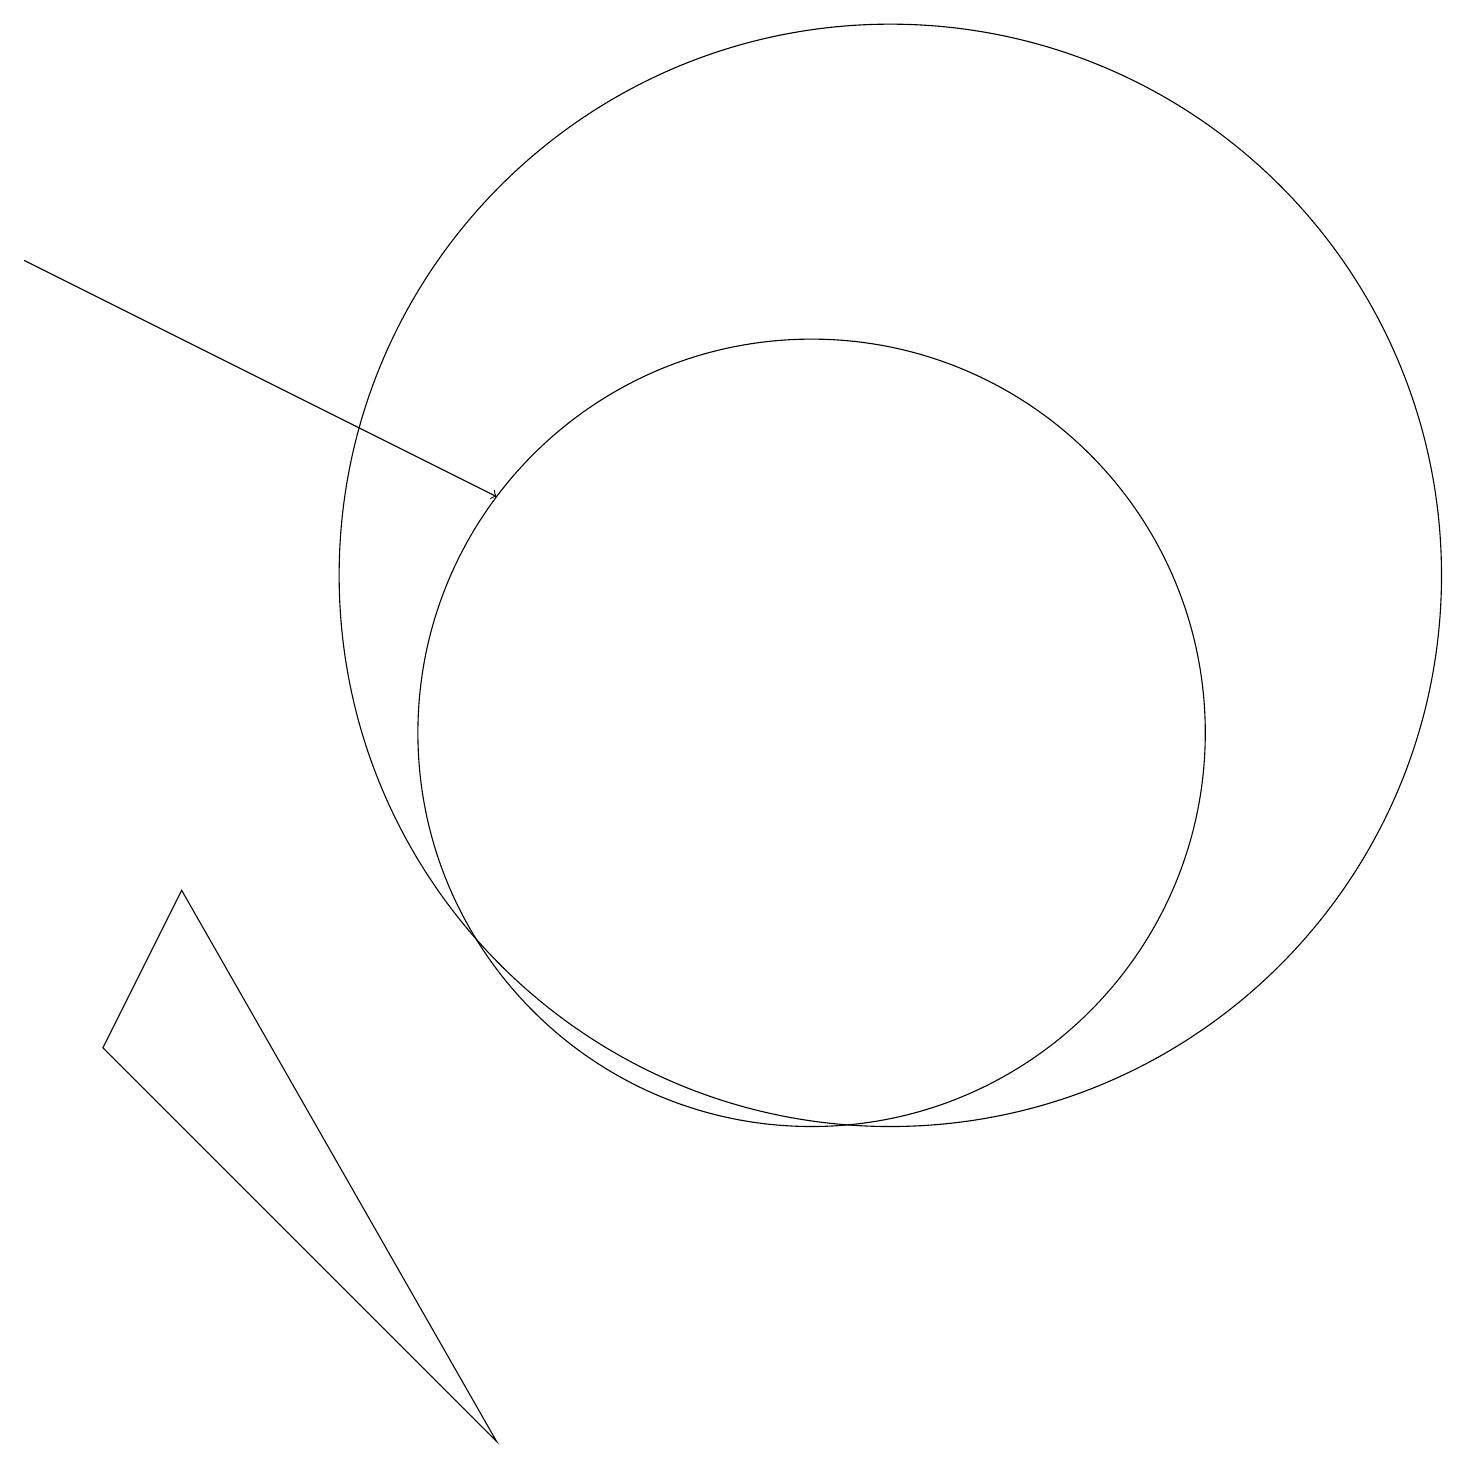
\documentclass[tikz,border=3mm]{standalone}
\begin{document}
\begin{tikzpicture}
\draw[->] (1,16) -- (7,13);
\draw (11,10) circle (5);
\draw (7,1) -- (3,8) -- (2,6) -- cycle;
\draw (12,12) circle (7);
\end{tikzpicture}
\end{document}